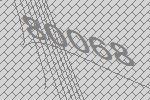
80068